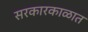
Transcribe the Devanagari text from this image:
सरकारकाळात